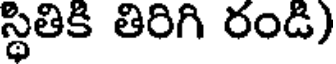
స్థితికి తిరిగి రండి)